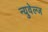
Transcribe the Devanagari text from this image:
न्युवेल्ज